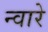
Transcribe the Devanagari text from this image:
न्वारे